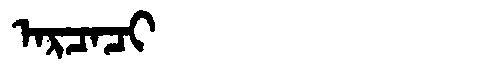
Manchu: ᠠᡵᠴᠠᠴᡳ
Romanization: ARCACI